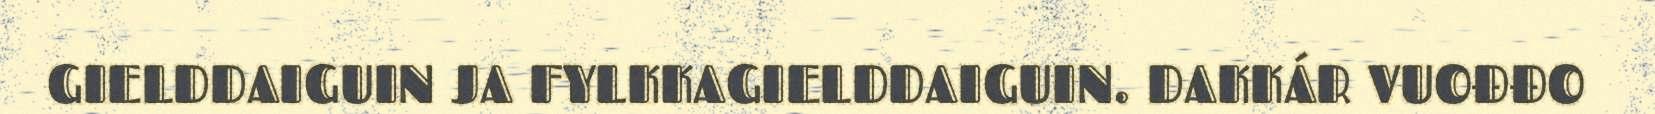
GIELDDAIGUIN JA FYLKKAGIELDDAIGUIN. DAKKÁR VUOĐĐO